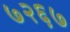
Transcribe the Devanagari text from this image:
७२६७